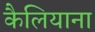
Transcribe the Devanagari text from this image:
कैलियाना